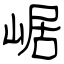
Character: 崌